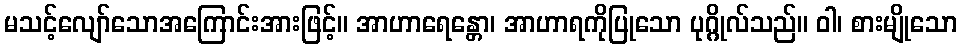
မသင့်လျော်သောအကြောင်းအားဖြင့်။ အာဟာရေန္တော၊ အာဟာရကိုပြုသော ပုဂ္ဂိုလ်သည်။ ဝါ၊ စားမျိုသော